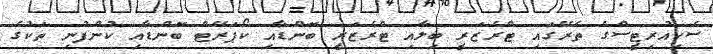
ސެކިއުރިޓީސްގެ ތެރޭގައި ޓްރެޒަރީ ބިލާއި ޓްރެޒަރީ ބޮންޑާއި ކޯޕަރޭޓް ބޮންޑާއި ކުންފުނި ތަކުގެ